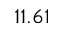
1 1 . 6 1